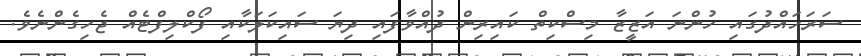
ސަރަހައްދުގައި ހުންނަ އަޒީޒާ މިސްކިތް ކައިރިން ދުއްވާފައި ދިޔަ ސައިކަލަކާއި ފޯކްލިފްޓެއް ޖެހިގެންނެވެ.